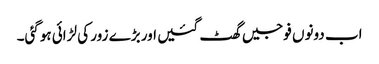
اب دونوں فوجیں گھٹ گئیں اور بڑے زور کی لڑائی ہوگئی۔